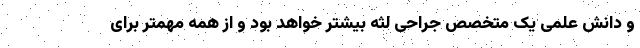
و دانش علمی یک متخصص جراحی لثه بیشتر خواهد بود و از همه مهمتر برای